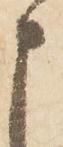
申